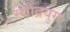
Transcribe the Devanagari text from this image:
रवींद्रयुग